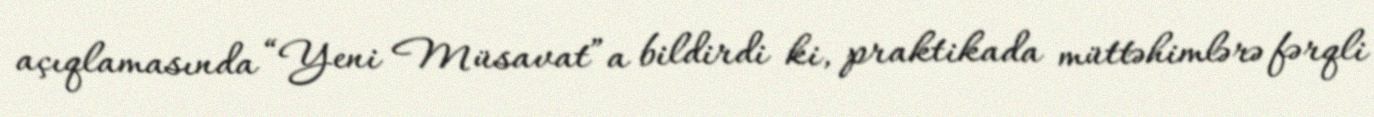
açıqlamasında “Yeni Müsavat”a bildirdi ki, praktikada müttəhimlərə fərqli